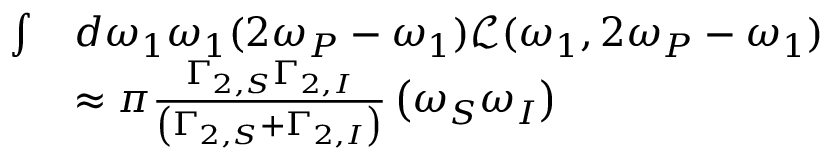
\begin{array} { r l } { \int } & { d \omega _ { 1 } \omega _ { 1 } ( 2 \omega _ { P } - \omega _ { 1 } ) \mathcal { L } ( \omega _ { 1 } , 2 \omega _ { P } - \omega _ { 1 } ) } \\ & { \approx \pi \frac { \Gamma _ { 2 , S } \Gamma _ { 2 , I } } { \left( \Gamma _ { 2 , S } + \Gamma _ { 2 , I } \right) } \left( \omega _ { S } \omega _ { I } \right) } \end{array}